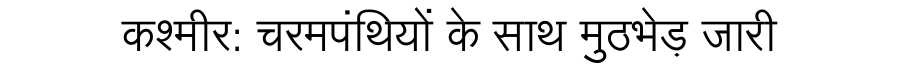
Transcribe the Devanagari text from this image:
कश्मीर: चरमपंथियों के साथ मुठभेड़ जारी